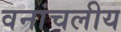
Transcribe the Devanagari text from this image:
वनांचलीय